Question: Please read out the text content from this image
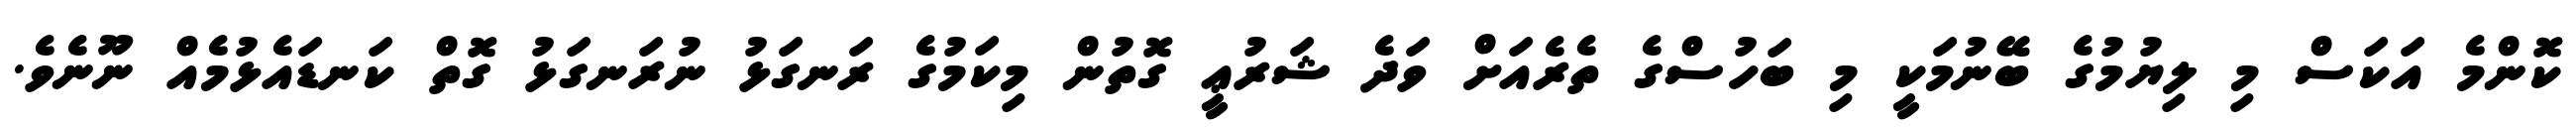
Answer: ކޮންމެ އަކަސް މި ލިޔުމުގެ ބޭނުމަކީ މި ބަހުސްގެ ތެރެއަށް ވަދެ ޝަރުޢީ ގޮތުން މިކަމުގެ ރަނގަޅު ނުރަނގަޅު ގޮތް ކަނޑައެޅުމެއް ނޫނެވެ.